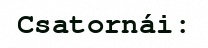
Csatornái: